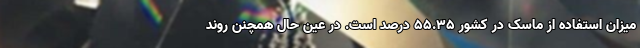
میزان استفاده از ماسک در کشور ۵۵.۳۵ درصد است. در عین حال همچنن روند